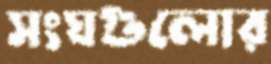
সংঘগুলোর